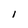
Character: I